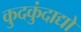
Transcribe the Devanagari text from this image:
कुदकुंदाद्यो